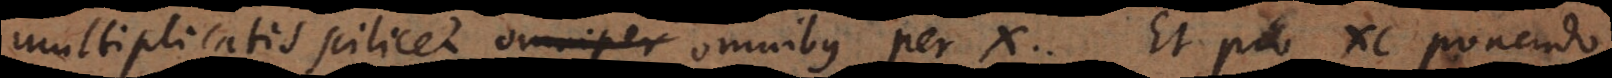
multiplicatis scilicet omnibus per x. Et pro xc ponendo